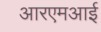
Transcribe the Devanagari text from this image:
आरएमआई